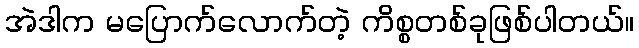
အဲဒါက မပြောက်လောက်တဲ့ ကိစ္စတစ်ခုဖြစ်ပါတယ်။